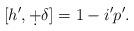
LaTeX: \begin{align*}[h',\d+\delta]=1-i'p'.\end{align*}